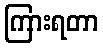
ကြားရတာ